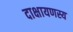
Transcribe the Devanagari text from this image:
दाक्षायणस्य